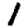
Digit: 1